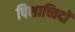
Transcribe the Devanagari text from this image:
पिशाच्विदों